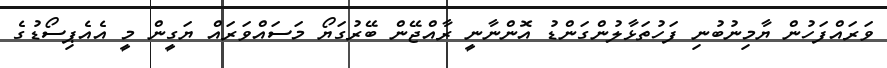
ވަރައްފަހުން ޔާމިނުބުނި ފަހުތަޅާލުންގަންޑު އޮންނާނީ ރާއްޖޭން ބޭރުގަޔޯ މަސައްވަރައް ޔަގީން މީ އެއެޕިސޯޑުގެ